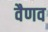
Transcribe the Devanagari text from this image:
वैणव